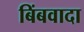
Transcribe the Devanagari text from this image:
बिंबवादा